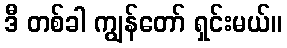
ဒီ တစ်ခါ ကျွန်တော် ရှင်းမယ်။